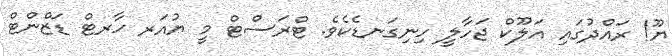
ޔޫ! ރައްދުގައި އަލޫކް ޖަހާލީ ހިނިގަނޑެކެވެ. ޓްރަސްޓް މީ ޔުއަރ ހާރޓް ޑަޒްންޓް